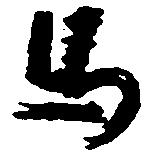
馬